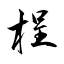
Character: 桯